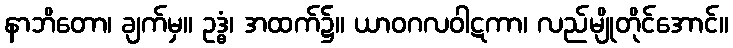
နာဘိတော၊ ချက်မှ။ ဥဒ္ဓံ၊ အထက်၌။ ယာဝဂလဝါဋကာ၊ လည်မျိုတိုင်အောင်။